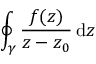
\oint _ { \gamma } \frac { f ( z ) } { z - z _ { 0 } } \, \mathrm { d } z